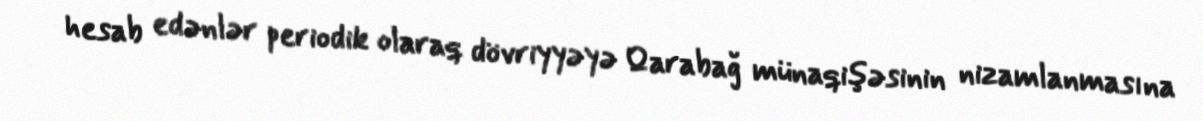
hesab edənlər periodik olaraq dövriyyəyə Qarabağ münaqişəsinin nizamlanmasına